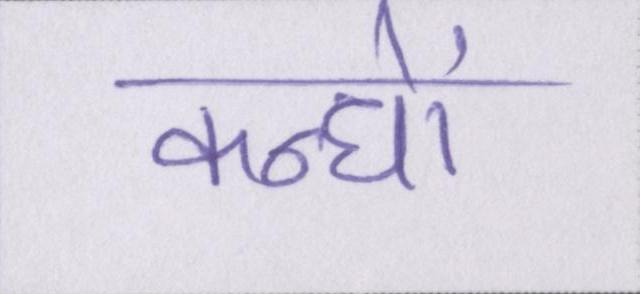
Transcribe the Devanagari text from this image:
कन्धों